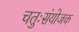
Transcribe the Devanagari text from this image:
चतुःसंयोजक